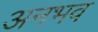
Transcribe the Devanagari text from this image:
अनभव